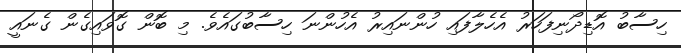
ހިސާބު އޮޑިދޯނިފަހަރު އެހެލާފައި ހުންނައިރު އެހުންނަ ހިސާބުގައެވެ. މި ބޮން ގޮވައިގެން ގެނައީ